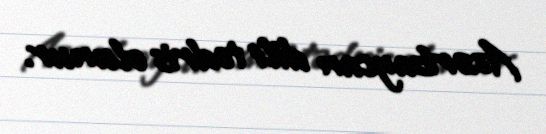
Azərbaycan dili tədris olunur.